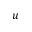
u